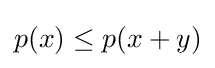
p(x)\leq p(x+y)